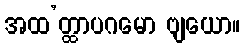
အထ’တ္ထာပဂမော ဗျယော။